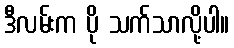
ဒီလမ်းက ပို သက်သာလို့ပါ။